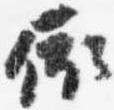
依